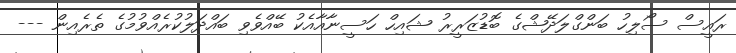
ރައީސް ސޯލިހު ބަންގްލަދޭޝްގެ ބޮޑުޒަރީރު ޝައިހް ހަސީނާއާއެކު ބޭއްވެވި ބައްދަލުކުރެއްވުމުގެ ތެރެއިން ---